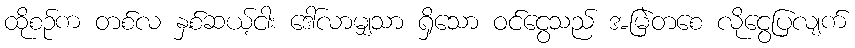
ထိုစဉ်က တစ်လ နှစ်ဆယ့်ငါး ဒေါ်လာမျှသာ ရှိသော ဝင်ငွေသည် အမြဲတစေ လိုငွေပြလျက်